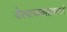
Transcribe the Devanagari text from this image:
वेश्याव्यवसायातले